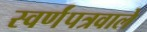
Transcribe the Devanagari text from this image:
स्वर्णंपत्रवाले